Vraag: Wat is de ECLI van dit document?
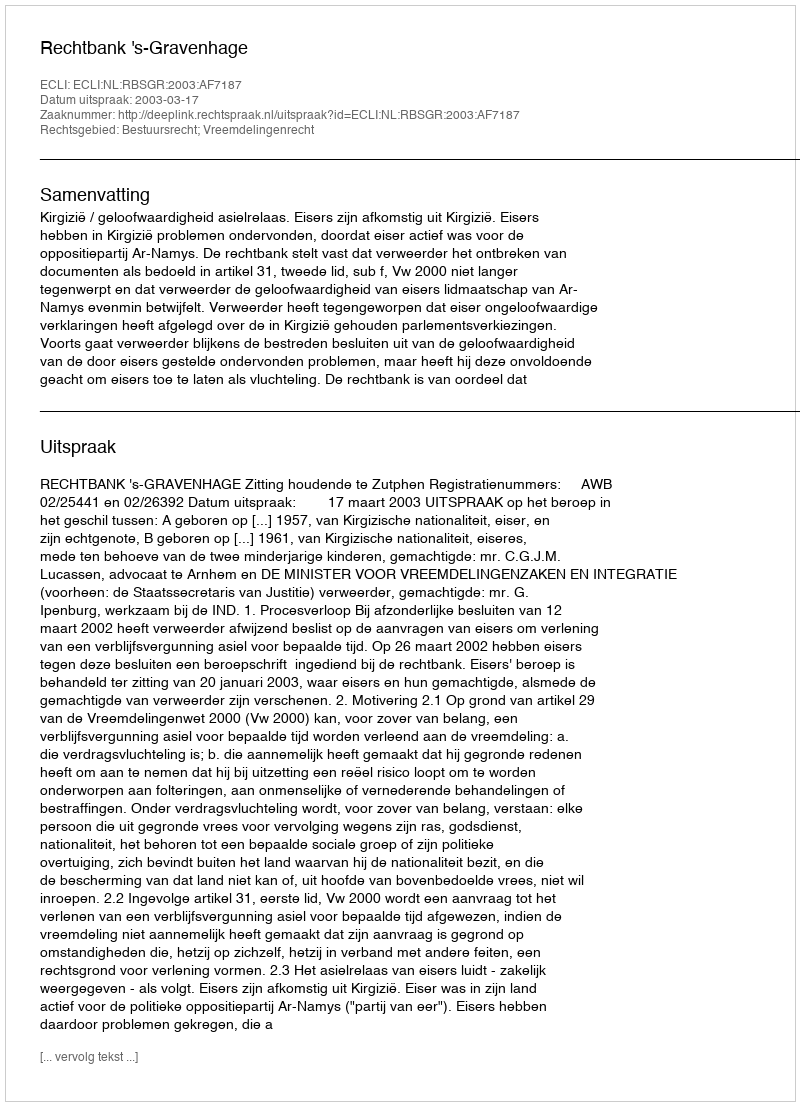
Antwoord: ECLI:NL:RBSGR:2003:AF7187